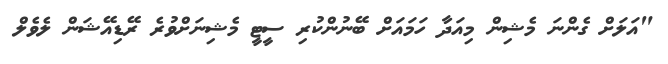
"އަލަށް ގެންނަ މެޝިން މިއަދާ ހަމައަށް ބޭނުންކުރި ސީޓީ މެޝިނަށްވުރެ ރޭޑިއޭޝަން ލެވެލް